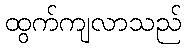
ထွက်ကျလာသည်